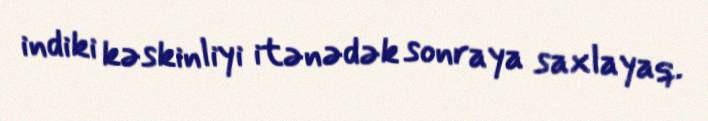
indiki kəskinliyi itənədək sonraya saxlayaq.